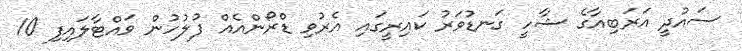
ސައުދީ އަރަބިއާގެ ޝާހީ ގަނޑުވަރު ކައިރީގައި އެރުވި ޑްރޯންއެއް ފުލުހުން ވައްޓާލައިފި 10